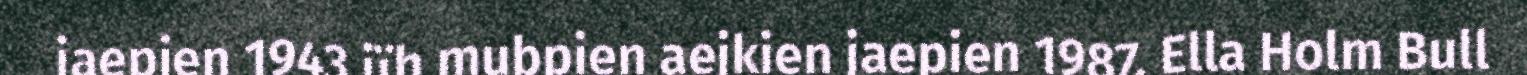
jaepien 1943 jïh mubpien aejkien jaepien 1987. Ella Holm Bull